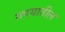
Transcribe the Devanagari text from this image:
रुपयातील